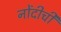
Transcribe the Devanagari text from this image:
नोंदीची